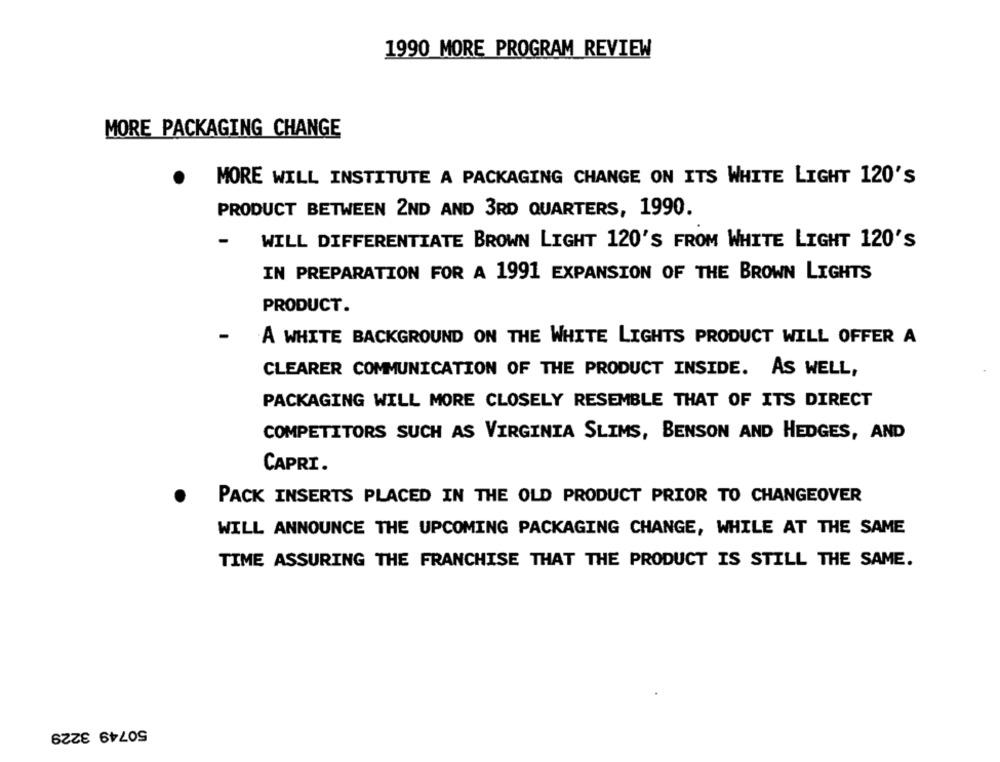
1990 MORE PROGRAM REVIEW
MORE PACKAGING CHANGE
.
MORE WILL INSTITUTE A PACKAGING CHANGE ON ITS WHITE LIGHT 120'S
PRODUCT BETWEEN 2ND AND 3RD QUARTERS, 1990.
WILL DIFFERENTIATE BROWN LIGHT 120'S FROM WHITE LIGHT 120'S
IN PREPARATION FOR A 1991 EXPANSION OF THE BROWN LIGHTS
PRODUCT.
-
A WHITE BACKGROUND ON THE WHITE LIGHTS PRODUCT WILL OFFER A
CLEARER COMMUNICATION OF THE PRODUCT INSIDE. AS WELL,
PACKAGING WILL MORE CLOSELY RESEMBLE THAT OF ITS DIRECT
COMPETITORS SUCH AS VIRGINIA SLIMS, BENSON AND HEDGES, AND
CAPRI.
PACK INSERTS PLACED IN THE OLD PRODUCT PRIOR TO CHANGEOVER
WILL ANNOUNCE THE UPCOMING PACKAGING CHANGE, WHILE AT THE SAME
TIME ASSURING THE FRANCHISE THAT THE PRODUCT IS STILL THE SAME.
50749 3229